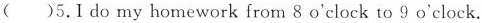
( )5.1 do my homework from 8 o'clock to 9 o'clock.